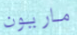
ماريون